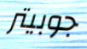
جوبيتر